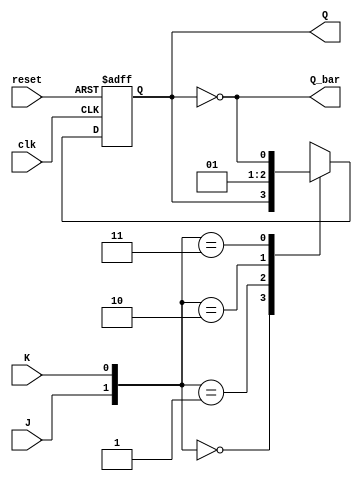
module JK_FF(
    input wire J, //S
    input wire K, //R
    input wire clk,
    input wire reset,
    output reg Q,
    output wire Q_bar
);
// Asignamos el valor de Q_bar como el complemento de Q
    assign Q_bar = ~Q;

//Bloque siempre sensible al flanco positivo del reloj o del reset
    always @(posedge clk or posedge reset) begin
        if (reset) begin
            Q <= 1'b0; //Resetea 
    end else begin
            case({J,K})
                2'b00: Q <= Q;        // No cambia
                2'b01: Q <= 1'b0;     // Resetea Q
                2'b10: Q <= 1'b1;     // Setea Q
                2'b11: Q <= ~Q;       // Toggle
                default: Q <= Q;      // Default case (redundante)
            endcase
        end
    end

endmodule

/*
EXTRA:

<=: Operador de asignacin no bloqueante
    En los bloques secuenciales (always sensibles al reloj o reset), 
    se utiliza la asignacin no bloqueante para garantizar que todas 
    las asignaciones ocurren simultneamente al final del ciclo de reloj


*/